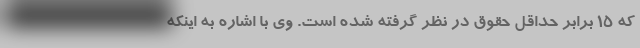
که ۱۵ برابر حداقل حقوق در نظر گرفته شده است. وی با اشاره به اینکه